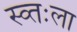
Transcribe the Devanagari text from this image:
स्व्तःला